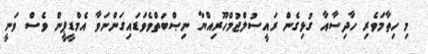
މި ހިތާމަވެރި ހާދިސާއާ ގުޅިގެން ރައީސުލްޖުމްހޫރިއްޔާ ނިޞްބަތްވެވަޑައިގަންނަވާ އެމްޑީޕީން ވެސް ވަނީ